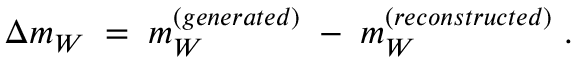
\Delta m _ { W } \; = \; m _ { W } ^ { ( g e n e r a t e d ) } \; - \; m _ { W } ^ { ( r e c o n s t r u c t e d ) } \; .